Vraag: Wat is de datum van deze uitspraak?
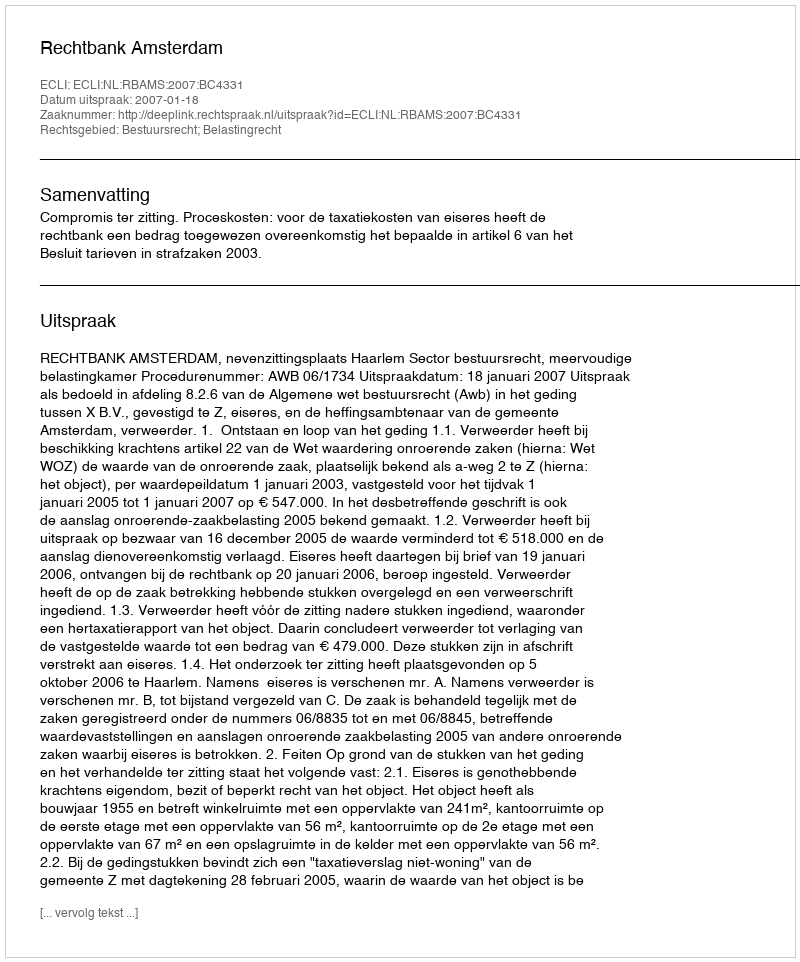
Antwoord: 2007-01-18